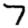
Digit: 7